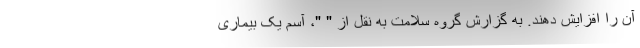
آن را افزایش دهند. به گزارش گروه سلامت به نقل از " "، آسم یک بیماری